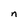
Character: n